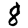
Digit: 8